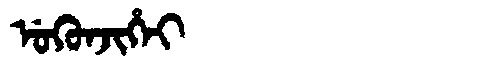
Manchu: ᡠᡴᡠᠨᠵᡳᡥᡝᡳ
Romanization: UKUNJIHEI